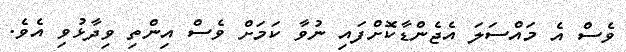
ވެސް އެ މައްސަލަ އެޖެންޑާކޮށްފައި ނުވާ ކަމަށް ވެސް އިންތި ވިދާޅުވި އެވެ.